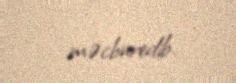
məcburedib.